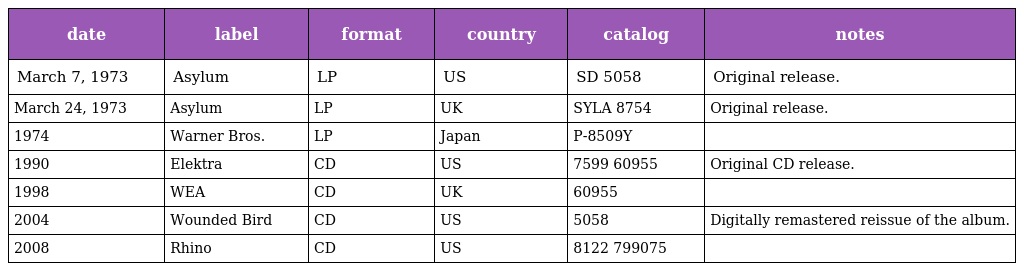
| date | label | format | country | catalog | notes |
 | --- | --- | --- | --- | --- | --- |
 | March 7, 1973 | Asylum | LP | US | SD 5058 | Original release. |
 | March 24, 1973 | Asylum | LP | UK | SYLA 8754 | Original release. |
 | 1974 | Warner Bros. | LP | Japan | P-8509Y |  |
 | 1990 | Elektra | CD | US | 7599 60955 | Original CD release. |
 | 1998 | WEA | CD | UK | 60955 |  |
 | 2004 | Wounded Bird | CD | US | 5058 | Digitally remastered reissue of the album. |
 | 2008 | Rhino | CD | US | 8122 799075 |  |